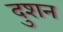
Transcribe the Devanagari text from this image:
दुशन